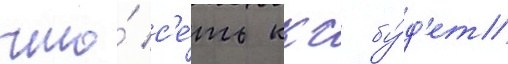
что́ с'е́ть ккс бу́д'ет